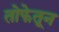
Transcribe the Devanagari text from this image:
तोफेतून